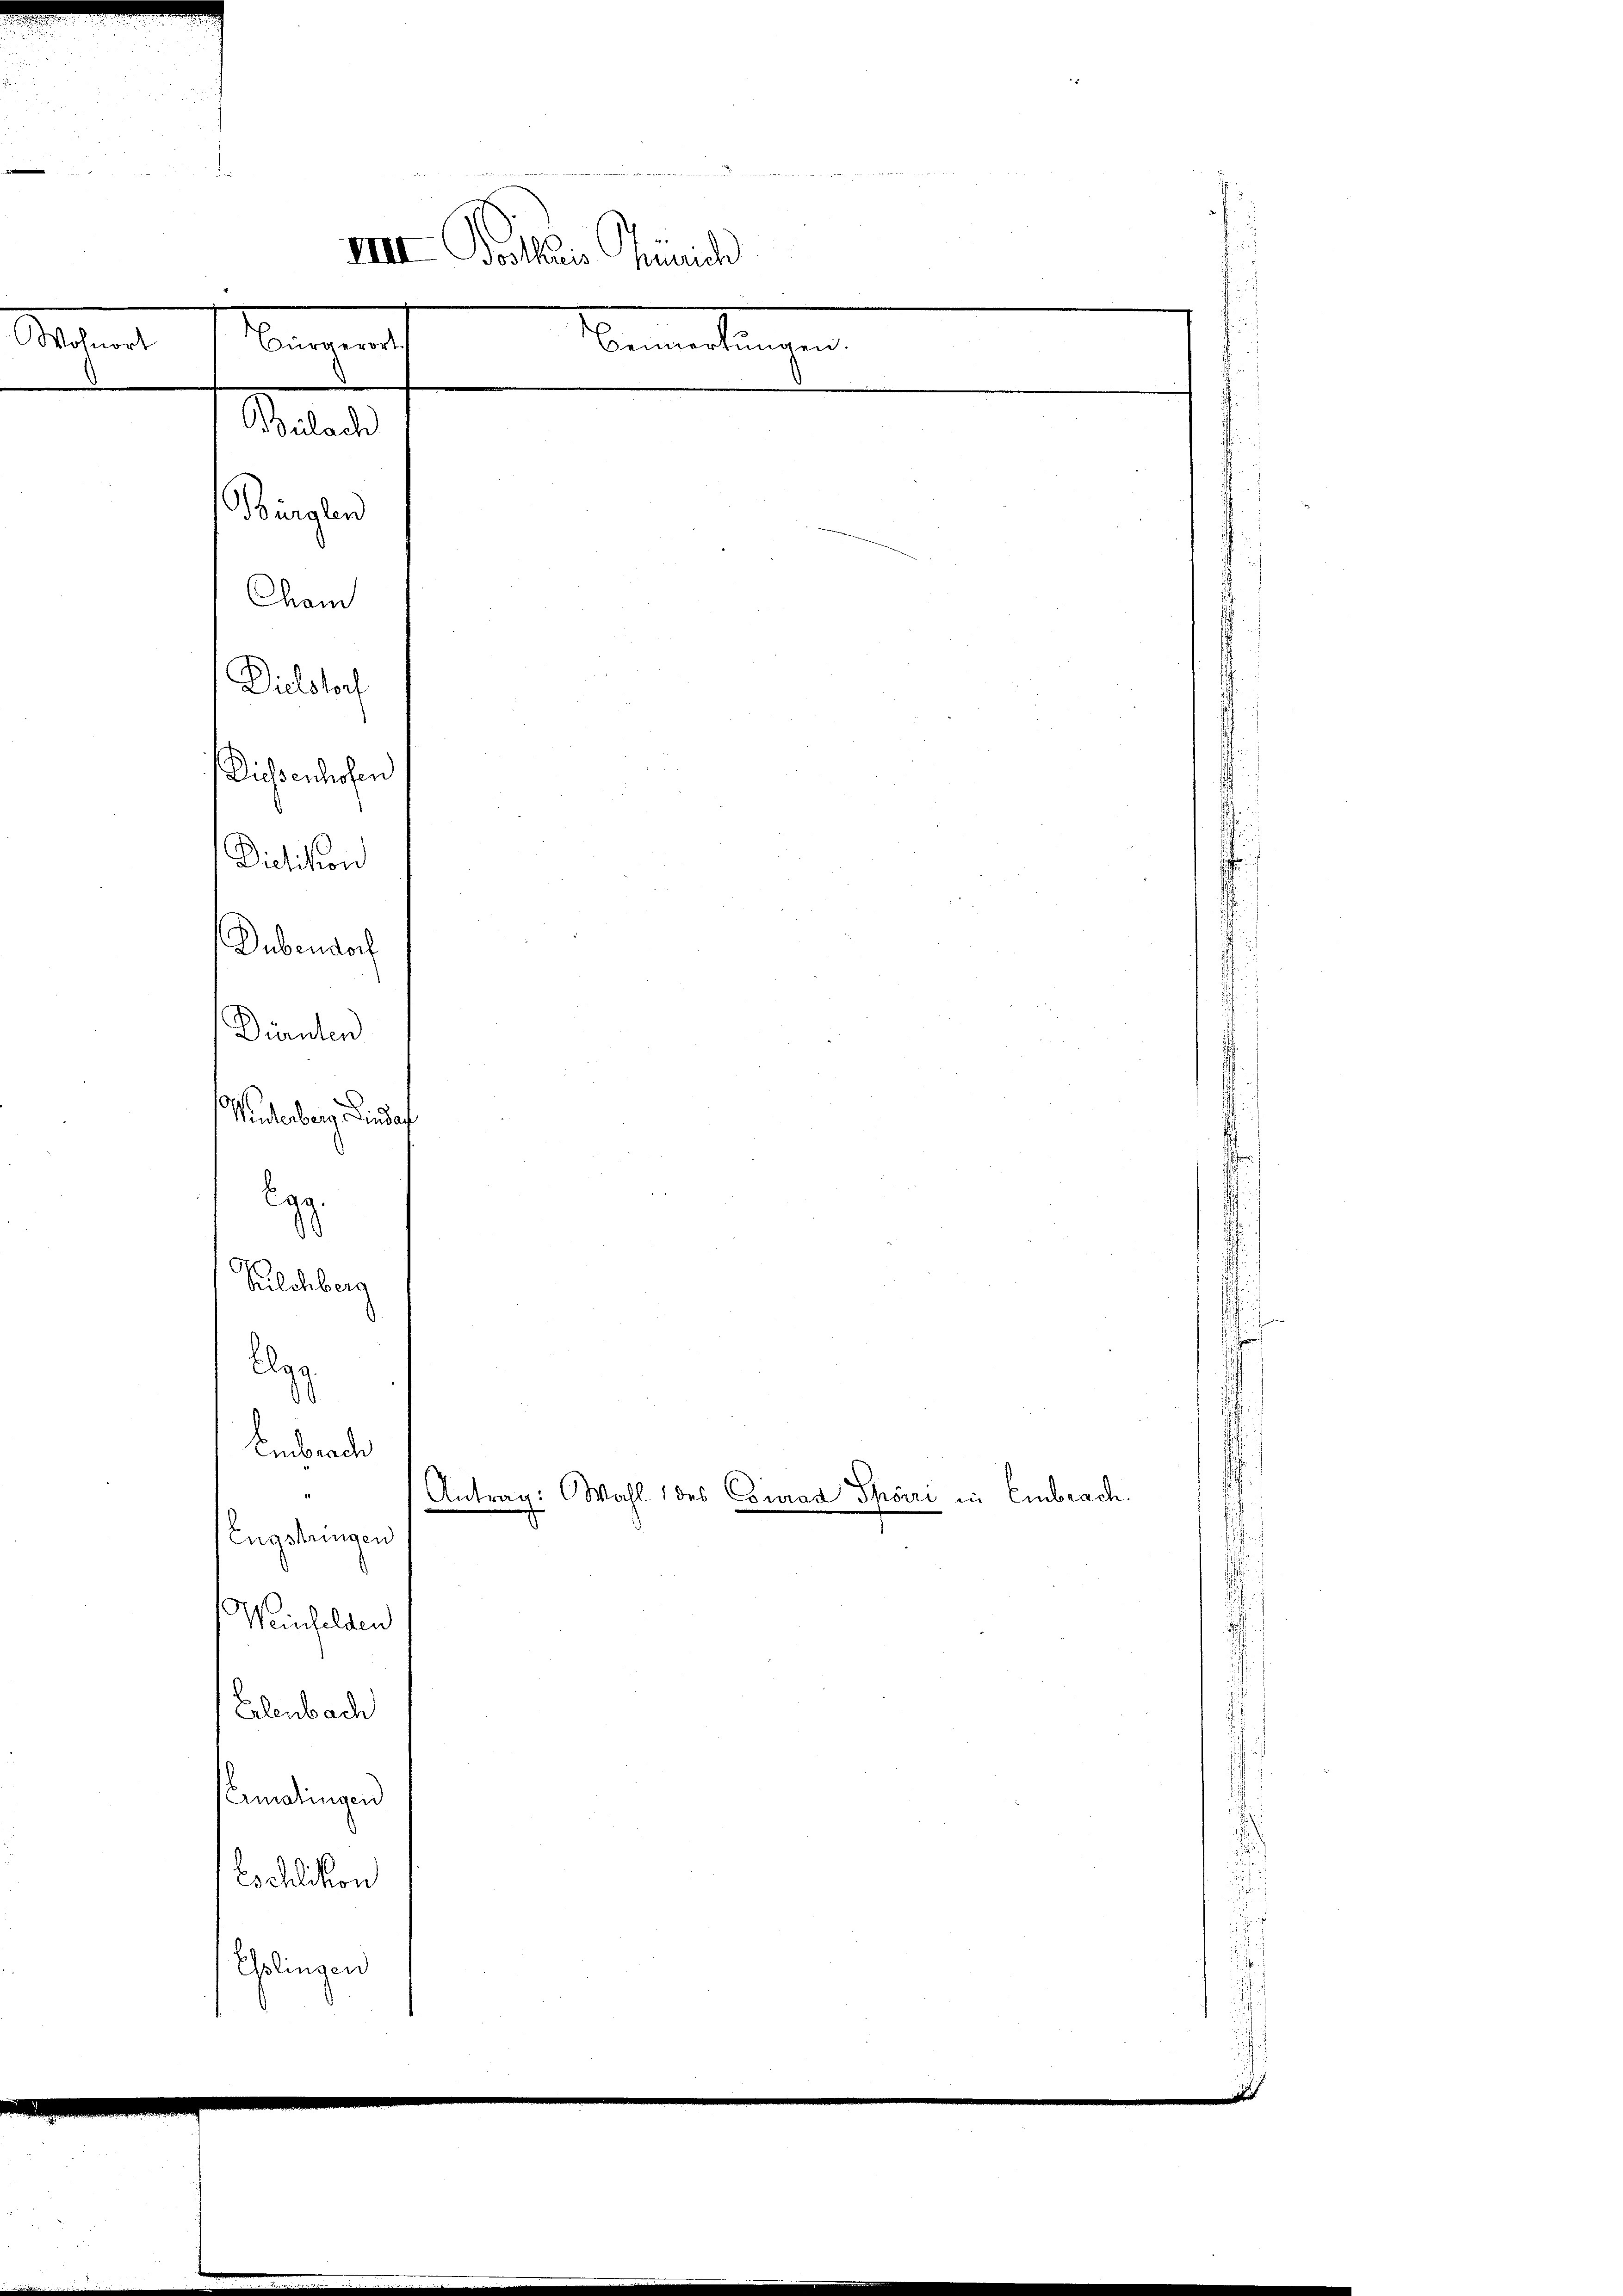
.

Sachen

Dübendorf
Winterberg Pindaf
.
Kilchberg
A
Embrach
Antrag: Wahl des Conrad Spörri in Embrach.
Engstringen
Weinfelden
Erlenbach
emdlingen
Eschlikon
Gelingen

Bürglen
Cham
Dielstorf
Dissenhofen

Dürnten

Mater

Dietikon

IIII Dollaris Grünich
Bürgerort
Bemerkŭngen.